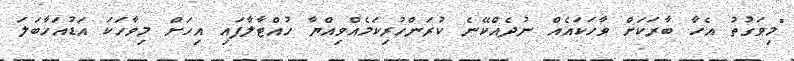
"މިވަގުތު އެހާ ބާރަކަށް ވާހަކައެއް ނުދެއްކޭނެ ކުރަންހުރިކަމެއްވިއްޔާ ހުއްޓާލާފައި އިހަށް މިވާހަކަ އަޑުއަހާބަލަ